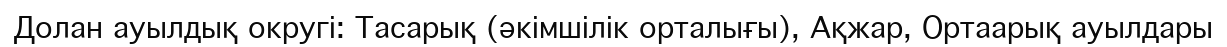
Долан ауылдық округі: Тасарық (әкімшілік орталығы), Ақжар, Ортаарық ауылдары